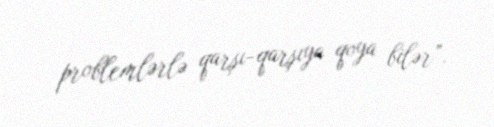
problemlərlə qarşı-qarşıya qoya bilər”.